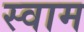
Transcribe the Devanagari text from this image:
स्वाम